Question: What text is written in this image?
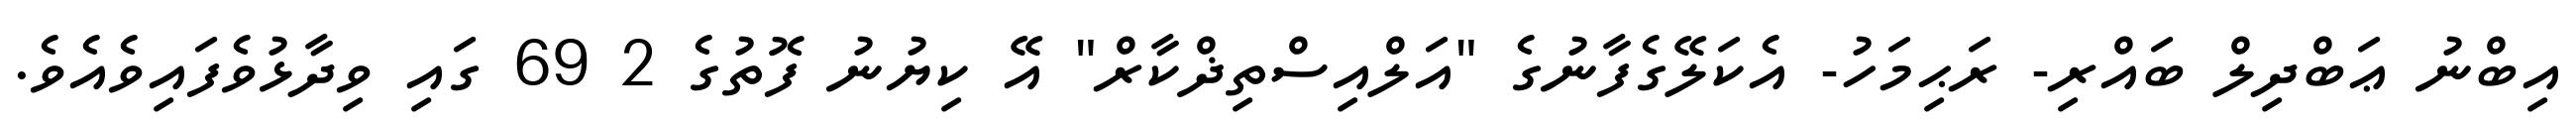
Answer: އިބްނު ޢަބްދިލް ބައްރި- ރަޙިމަހު- އެކަލޭގެފާނުގެ "އަލްއިސްތިޛްކާރް" އޭ ކިޔުނު ފޮތުގެ 2 69 ގައި ވިދާޅުވެފައިވެއެވެ.